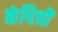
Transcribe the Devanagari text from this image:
कंपित्रों